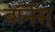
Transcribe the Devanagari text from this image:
बॉर्नस्